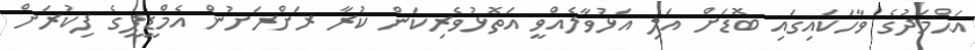
އަޙްމަދުގެ ވާހަކައިގައި ބޮޑަށް އަލި އަޅުވާލެއްވީ އަތޮޅުވެރިކަން ކުރާ ރަށްރަށުން އެމްޑީޕީގެ ފިކުރަށް